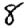
Digit: 8